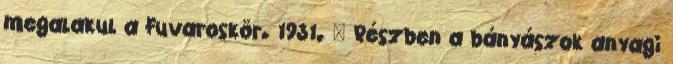
megalakul a Fuvaroskör. 1931. – Részben a bányászok anyagi